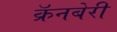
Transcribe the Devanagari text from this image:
क्रॅनबेरी